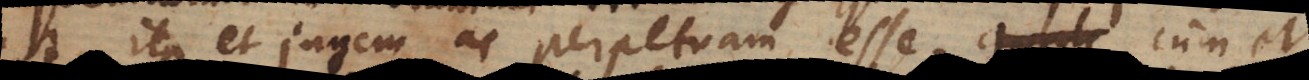
ita et jugem ac perpetuam esse, cum et